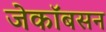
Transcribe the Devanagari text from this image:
जेकॉबसन